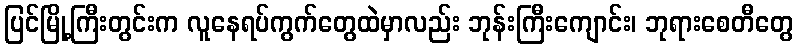
ပြင်မြို့ကြီးတွင်းက လူနေရပ်ကွက်တွေထဲမှာလည်း ဘုန်းကြီးကျောင်း၊ ဘုရားစေတီတွေ